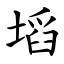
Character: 塪